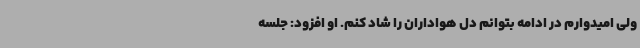
ولی امیدوارم در ادامه بتوانم دل هواداران را شاد کنم. او افزود: جلسه